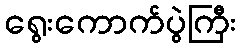
ရွေးကောက်ပွဲကြီး